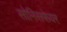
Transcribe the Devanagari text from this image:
सोनिसफेयर